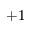
+ 1